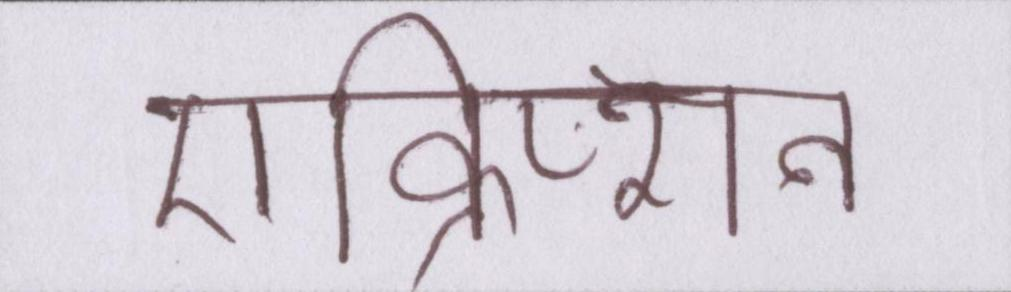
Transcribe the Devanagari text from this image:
एन्क्रिप्शन